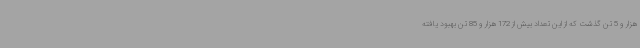
هزار و 5 تن گذشت که از این تعداد بیش از 172 هزار و 85 تن بهبود یافته